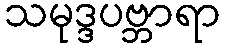
သမုဒ္ဒပဗ္ဘာရာ